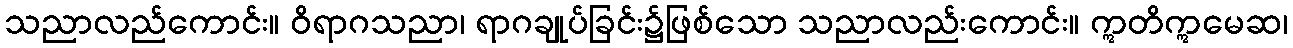
သညာလည်ကောင်း။ ဝိရာဂသညာ၊ ရာဂချုပ်ခြင်း၌ဖြစ်သော သညာလည်းကောင်း။ ဣတိဣမေဆ၊